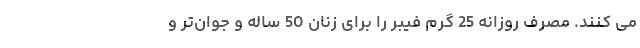
می کنند. مصرف روزانه 25 گرم فیبر را برای زنان 50 ساله و جوان‌تر و